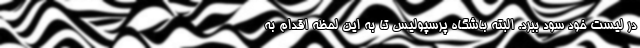
در لیست خود سود ببرد. البته باشگاه پرسپولیس تا به این لحظه اقدام به